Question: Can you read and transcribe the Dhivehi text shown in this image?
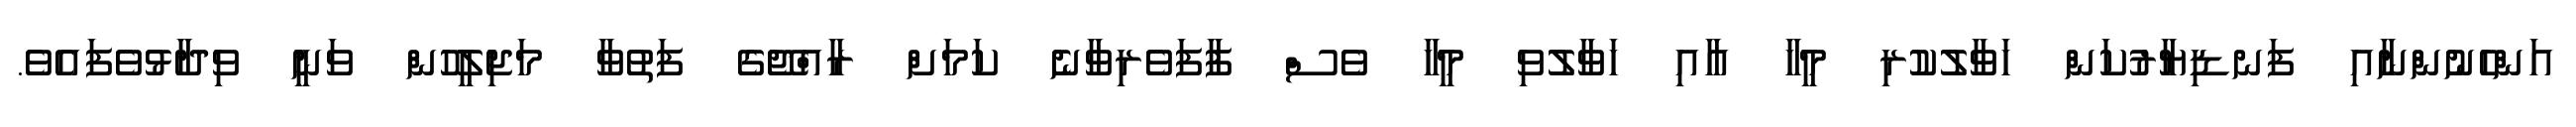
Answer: އަންހެނުންނާއި ފަނޑިޔާރުކަން ހަވާލުކުރި މީހާ އާއި ހަވާލުވި މީހާ ވެސް ފާފަވެރިވާނެ ކަމަށް ރާއްޖޭގެ ފަތުވާ މަޖިލީހުން ވަނީ ވިދާޅުވެފައެވެ.